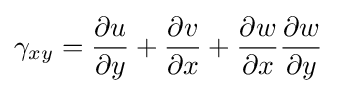
\gamma _{xy}={\frac {\partial u}{\partial y}}+{\frac {\partial v}{\partial x}}+{\frac {\partial w}{\partial x}}{\frac {\partial w}{\partial y}}